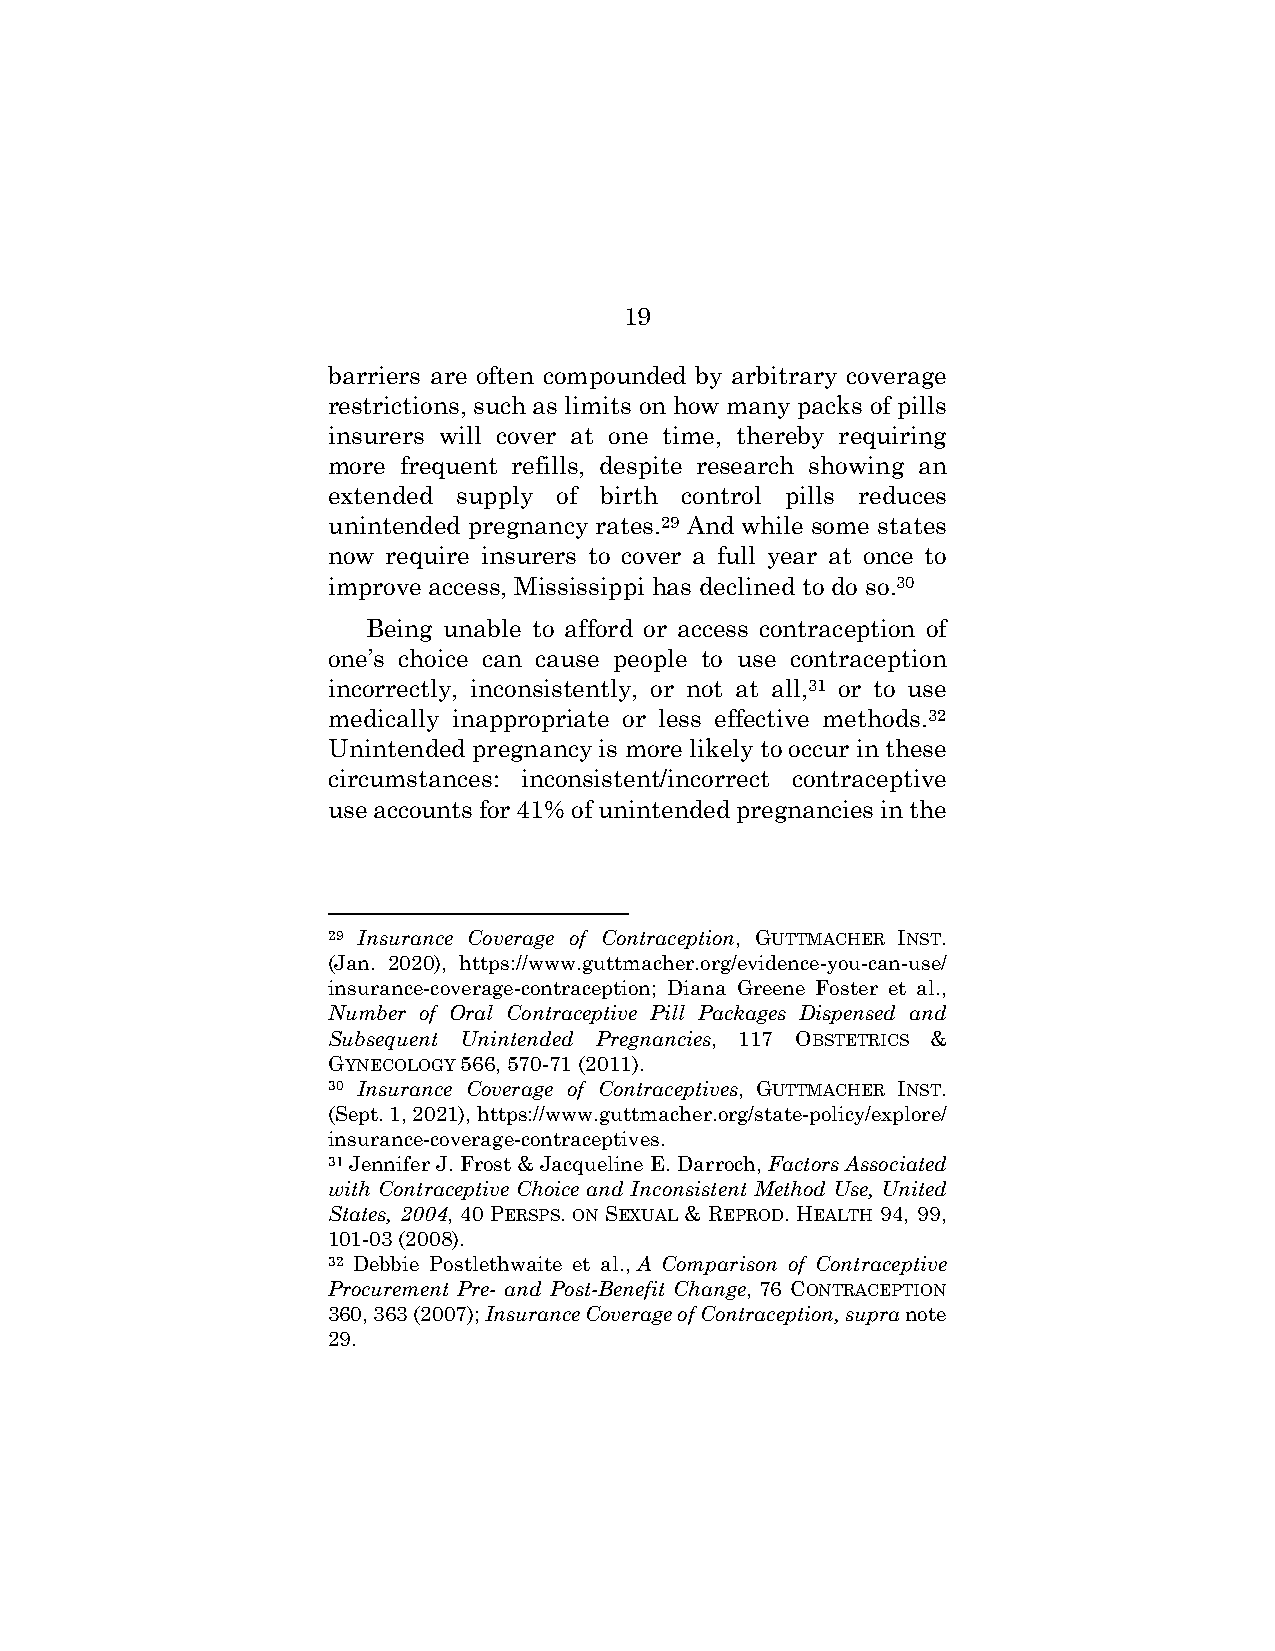
19
 barriers are often compounded by arbitrary coverage
 restrictions, such as limits on how many packs of pills
 insurers will cover at one time, thereby requiring
 more frequent refills, despite research showing an
 extended supply of birth control pills reduces
 unintended pregnancy rates.29 And while some states
 now require insurers to cover a full year at once to
 improve access, Mississippi has declined to do so.30
 Being unable to afford or access contraception of
 one’s choice can cause people to use contraception
 incorrectly, inconsistently, or not at all,31 or to use
 medically inappropriate or less effective methods.32
 Unintended pregnancy is more likely to occur in these
 circumstances: inconsistent/incorrect contraceptive
 use accounts for 41% of unintended pregnancies in the
 29 Insurance Coverage of Contraception, GUTTMACHER INST.
 (Jan. 2020), https://www.guttmacher.org/evidence-you-can-use/
 insurance-coverage-contraception; Diana Greene Foster et al.,
 Number of Oral Contraceptive Pill Packages Dispensed and
 Subsequent Unintended Pregnancies, 117 OBSTETRICS &
 GYNECOLOGY 566, 570-71 (2011).
 30 Insurance Coverage of Contraceptives, GUTTMACHER INST.
 (Sept. 1, 2021), https://www.guttmacher.org/state-policy/explore/
 insurance-coverage-contraceptives.
 31 Jennifer J. Frost & Jacqueline E. Darroch, Factors Associated
 with Contraceptive Choice and Inconsistent Method Use, United
 States, 2004, 40 PERSPS. ON SEXUAL & REPROD. HEALTH 94, 99,
 101-03 (2008).
 32 Debbie Postlethwaite et al., A Comparison of Contraceptive
 Procurement Pre- and Post-Benefit Change, 76 CONTRACEPTION
 360, 363 (2007); Insurance Coverage of Contraception, supra note
 29.